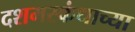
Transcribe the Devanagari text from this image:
दशमस्कंधाच्या